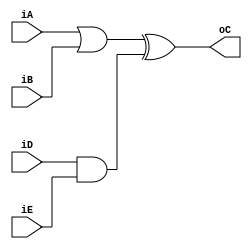
/*
This exmaple just shows how:
    -Declare Inputs
    -Declare Outputs
    -Declare registers
    -Assing registers to outputs
    -Shows secuential code that evaluates:
        Or gate
        And gate
        Xor gate
*/
module pinino 
(
    input iA,
    input iB,
    output oC,

    input iD,
    input iE
);

reg rResult;
assign oC = rResult;

//assign oC = iA | iB;
//assign oF = iD & iE;

always @* 
    begin
        rResult = (iA | iB) ^ (iD & iE);
    end
endmodule